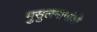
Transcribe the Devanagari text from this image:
मुसुलमानांशी